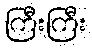
ကြီးကြီး